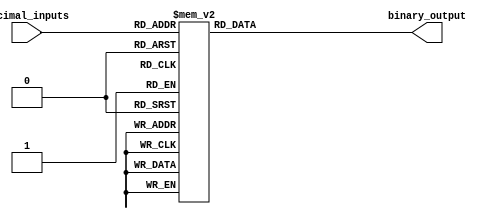
module decimal_priority_encoder (
    input [3:0] decimal_inputs,
    output reg [3:0] binary_output
);

always @* begin
    case (decimal_inputs)
        4'b0001: binary_output = 4'b0001;
        4'b0010: binary_output = 4'b0010;
        4'b0011: binary_output = 4'b0010;
        4'b0100: binary_output = 4'b0100;
        4'b0101: binary_output = 4'b0101;
        4'b0110: binary_output = 4'b0110;
        4'b0111: binary_output = 4'b0111;
        4'b1000: binary_output = 4'b1000;
        4'b1001: binary_output = 4'b1001;
        default: binary_output = 4'b0000;
    endcase
end

endmodule